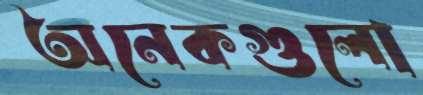
অনেকগুলো